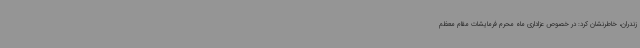
زندران، خاطرنشان کرد: در خصوص عزاداری ماه محرم فرمایشات مقام معظم